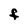
Character: F